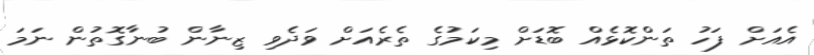
އެއަށް ފަހު ތަންކޮޅެއް ބޮޑަށް މިކަމުގެ ތެރެއަށް ވަދެވި ޒިނާން ބުނާގޮތުން ނަމަ